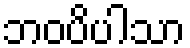
ဘဝပိပါသာ